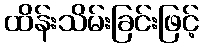
ထိန်းသိမ်းခြင်းဖြင့်